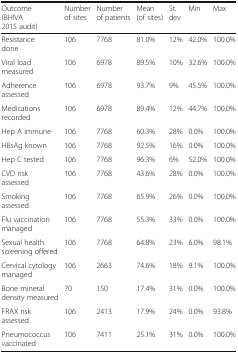
| Outcome (BHIVA 2015 audit) | Number of sites | Number of patients | Mean (of sites) | St. dev | Min | Max |
 | --- | --- | --- | --- | --- | --- | --- |
 | Resistance done | 106 | 7768 | 81.0% | 12% | 42.0% | 100.0% |
 | Viral load measured | 106 | 6978 | 89.5% | 10% | 32.6% | 100.0% |
 | Adherence assessed | 106 | 6978 | 93.7% | 9% | 45.5% | 100.0% |
 | Medications recorded | 106 | 6978 | 89.4% | 12% | 44.7% | 100.0% |
 | Hep A immune | 106 | 7768 | 60.3% | 28% | 0.0% | 100.0% |
 | HBsAg known | 106 | 7768 | 92.5% | 16% | 0.0% | 100.0% |
 | Hep C tested | 106 | 7768 | 96.3% | 6% | 52.0% | 100.0% |
 | CVD risk assessed | 106 | 7768 | 43.6% | 28% | 0.0% | 100.0% |
 | Smoking assessed | 106 | 7768 | 65.9% | 26% | 0.0% | 100.0% |
 | Flu vaccination managed | 106 | 7768 | 55.3% | 33% | 0.0% | 100.0% |
 | Sexual health screening offered | 106 | 7768 | 64.8% | 23% | 6.0% | 98.1% |
 | Cervical cytology managed | 106 | 2663 | 74.6% | 18% | 9.1% | 100.0% |
 | Bone mineral density measured | 70 | 150 | 17.4% | 31% | 0.0% | 100.0% |
 | FRAX risk assessed | 106 | 2413 | 17.9% | 24% | 0.0% | 93.8% |
 | Pneumococcus vaccinated | 106 | 7411 | 25.1% | 31% | 0.0% | 100.0% |